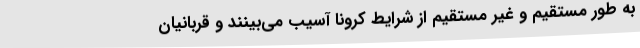
به طور مستقیم و غیر مستقیم از شرایط کرونا آسیب می‌بینند و قربانیان